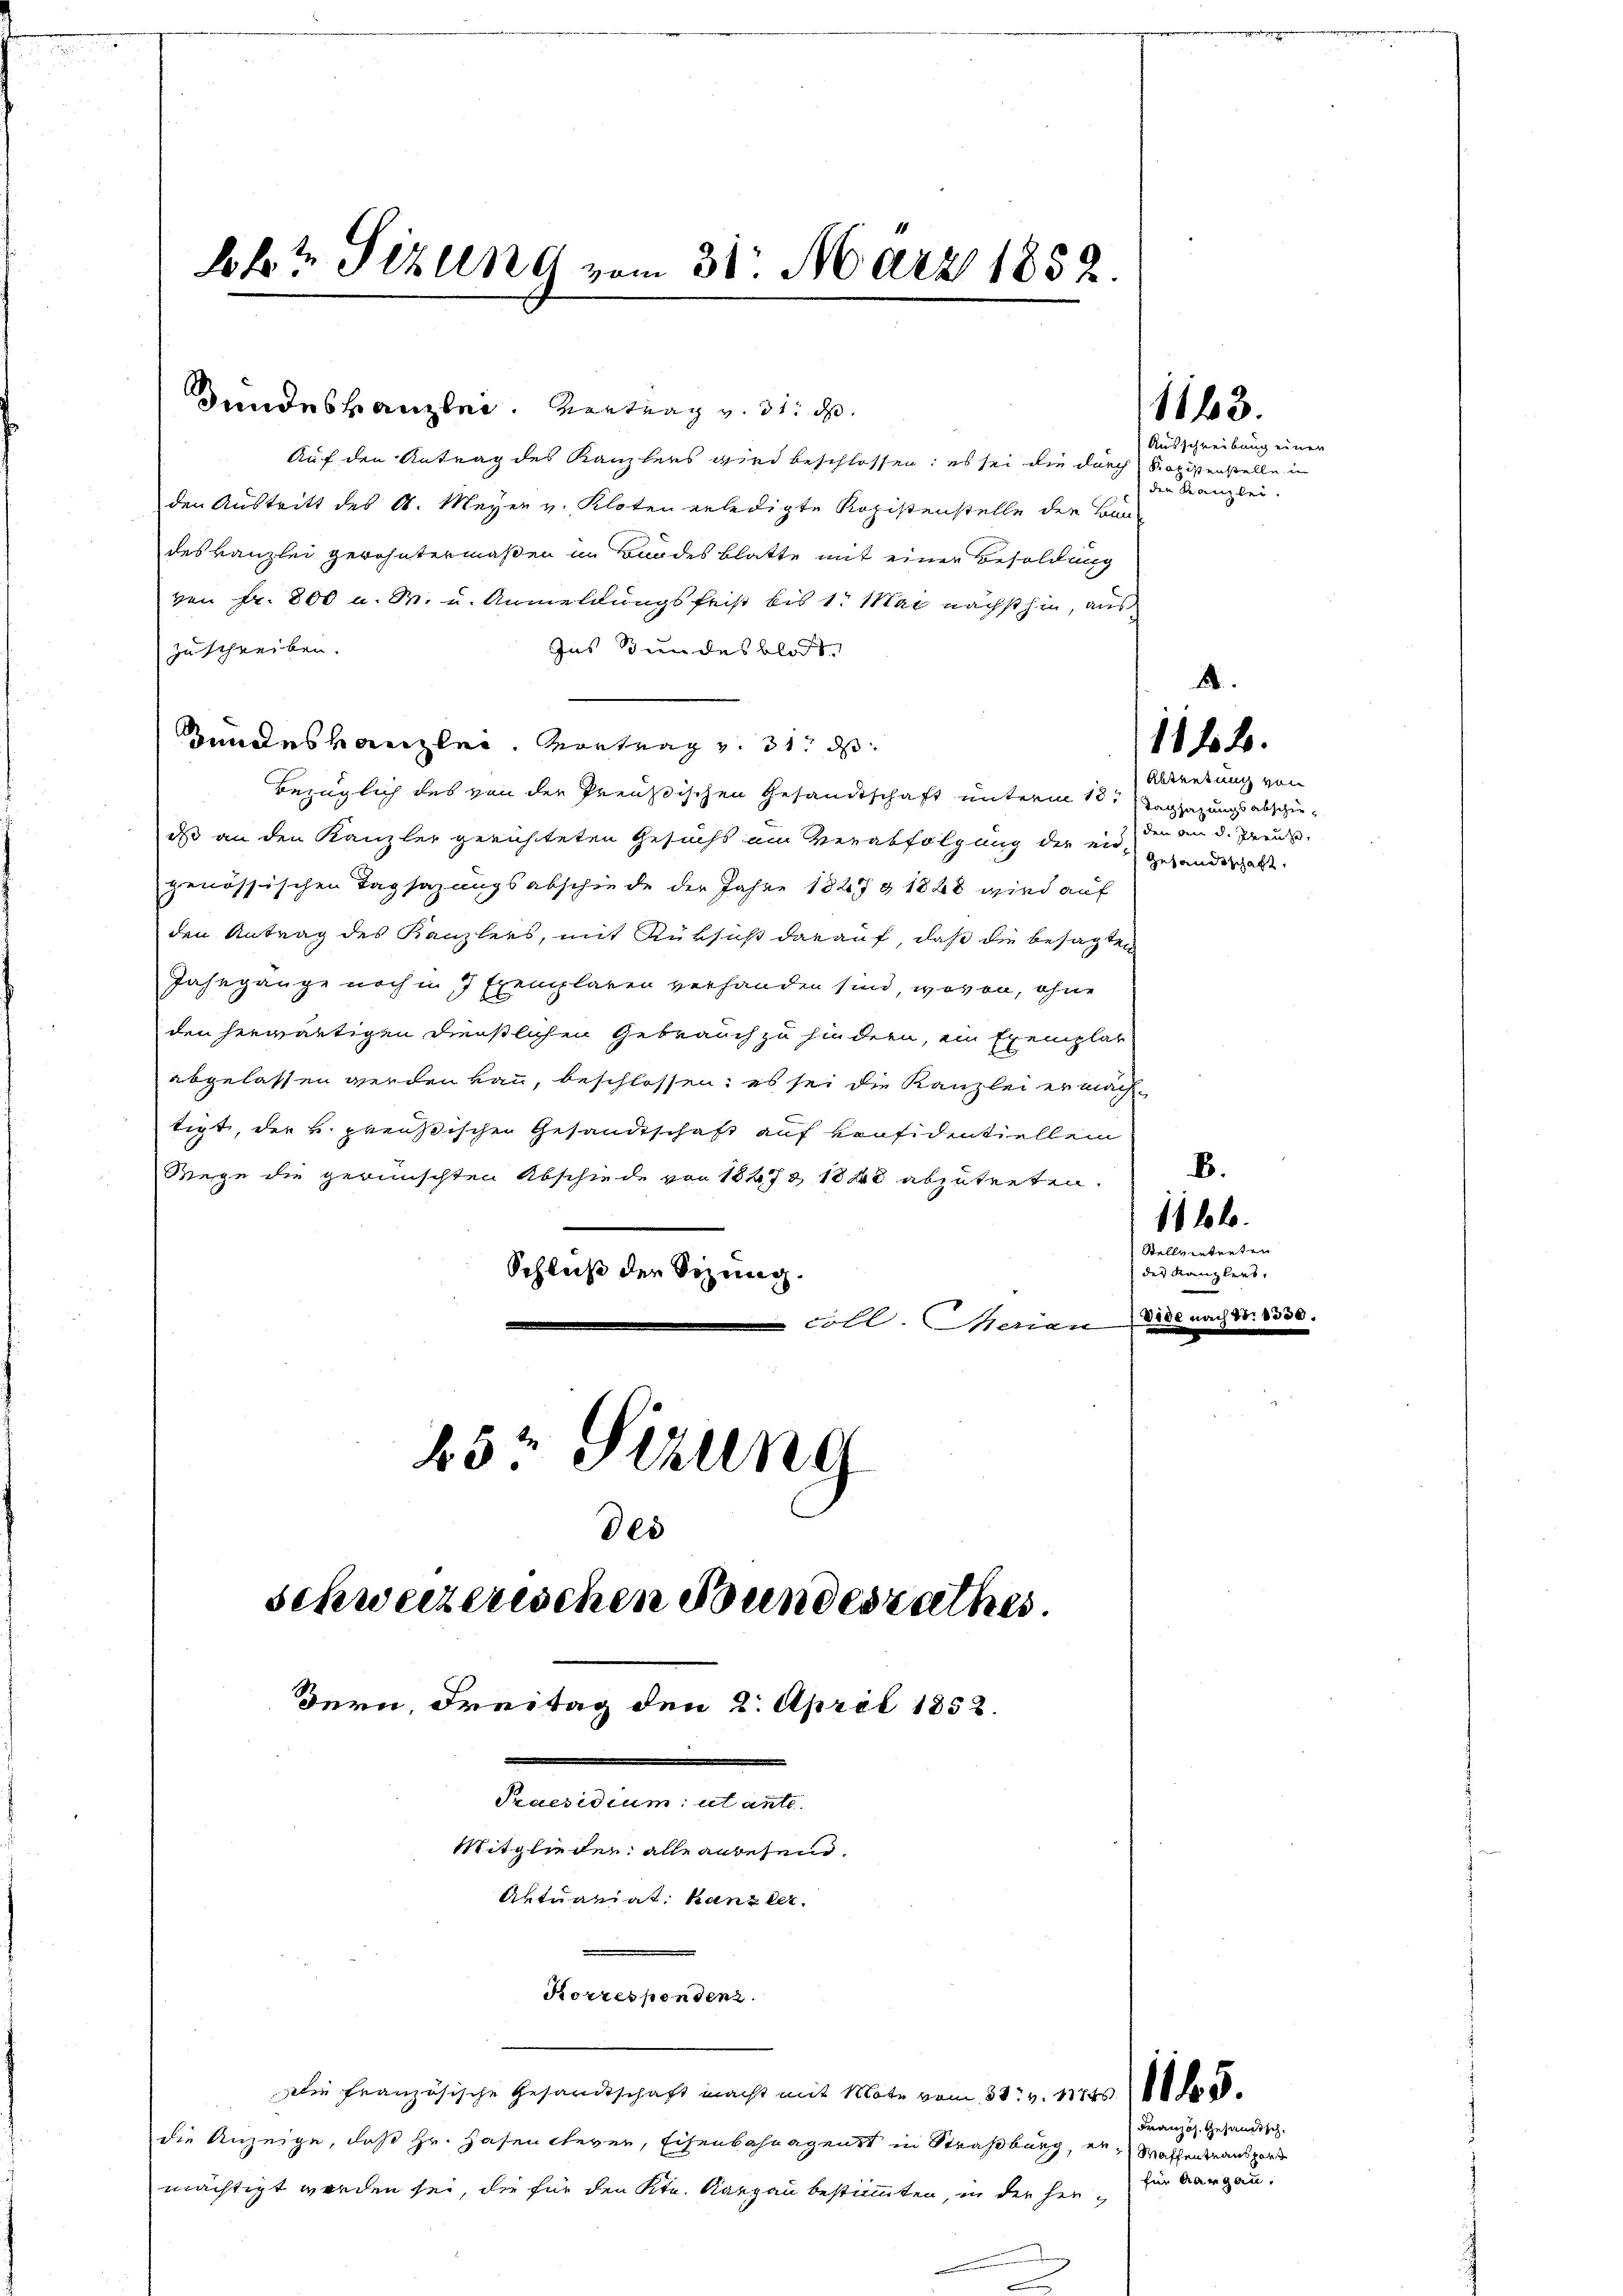
lob Sizung vom 31. März 1852.

Bundeskanzlei. Vortrag v. 31. d.
Auf den Antrag des Kanzlers wird beschlossen; es sei die durch Rozistenstelle in
den Austritt des A. Meyer v. Kloten erledigte Kopistenstelle der Bau-
deskanzlei gewohntermaßen im Bundesblatte mit einer Besoldung
von Fr. 800 u. M. u. Anmeldungsfrist bis 1. Mai nächsthin, aus
Ins Stundesblatt.
zuschreiben.
andeskanzlei. Vortrag v. 31. d.
bezüglich des von der Preußischen Gesandtschaft unterm 10. Tagsazungsabschiedas an den Kanzler gerichteten Gesuchs am Verabfolgung der eid-
genössischen Tagsazungsabschiede der Jahre 1827 § 1828 wird auf
den Antrag des Kanzlees, mit Rüksicht darauf, daß die besagten
Jahrgänge noch in 7 Exemplaren verhanden sind wovon, ohne
den herwärtigen dienstlichen Gebrauch zu hindern, ein Exemplar
abgelassen werden kann, beschlossen: es sei die Kanzlei er machtigt, der v. Preußischen Gesandtschaft auf vonsidentiellem
Wege die gewünschten Abschiede von 18273 1840 abzutreten.
Schluß der Sitzung.
coll. Marien
65. Sitzung
des

schweizerischen Bundesrathes

Bern, Freitag den 2. April 1852.
.
Praesidium ut ante
Mitglieden; alle anwesen.
Aktuariat Kanzler.
Korrespondenz.

Die Französische Gesandtschaft macht mit Mate vom 31. v. 11845 d.
die Anzeige, daß Hr. Hasen chever, Eisenbahnagenst in Straßburg, er Wachen transporr
mächtigt werden sei, die für den Kt. Aargau bestimmten, in der Her¬

Ausschreibung einer
den Kanzlei.

1163.

1182.

Abtretung von
den an d. Preuse,
Gesandtschaft.

1) lolo

Vide.

4

B.
Stellvertreten
des Kanzleit.
1330

Französ. Gesandtsch
für Aargau.